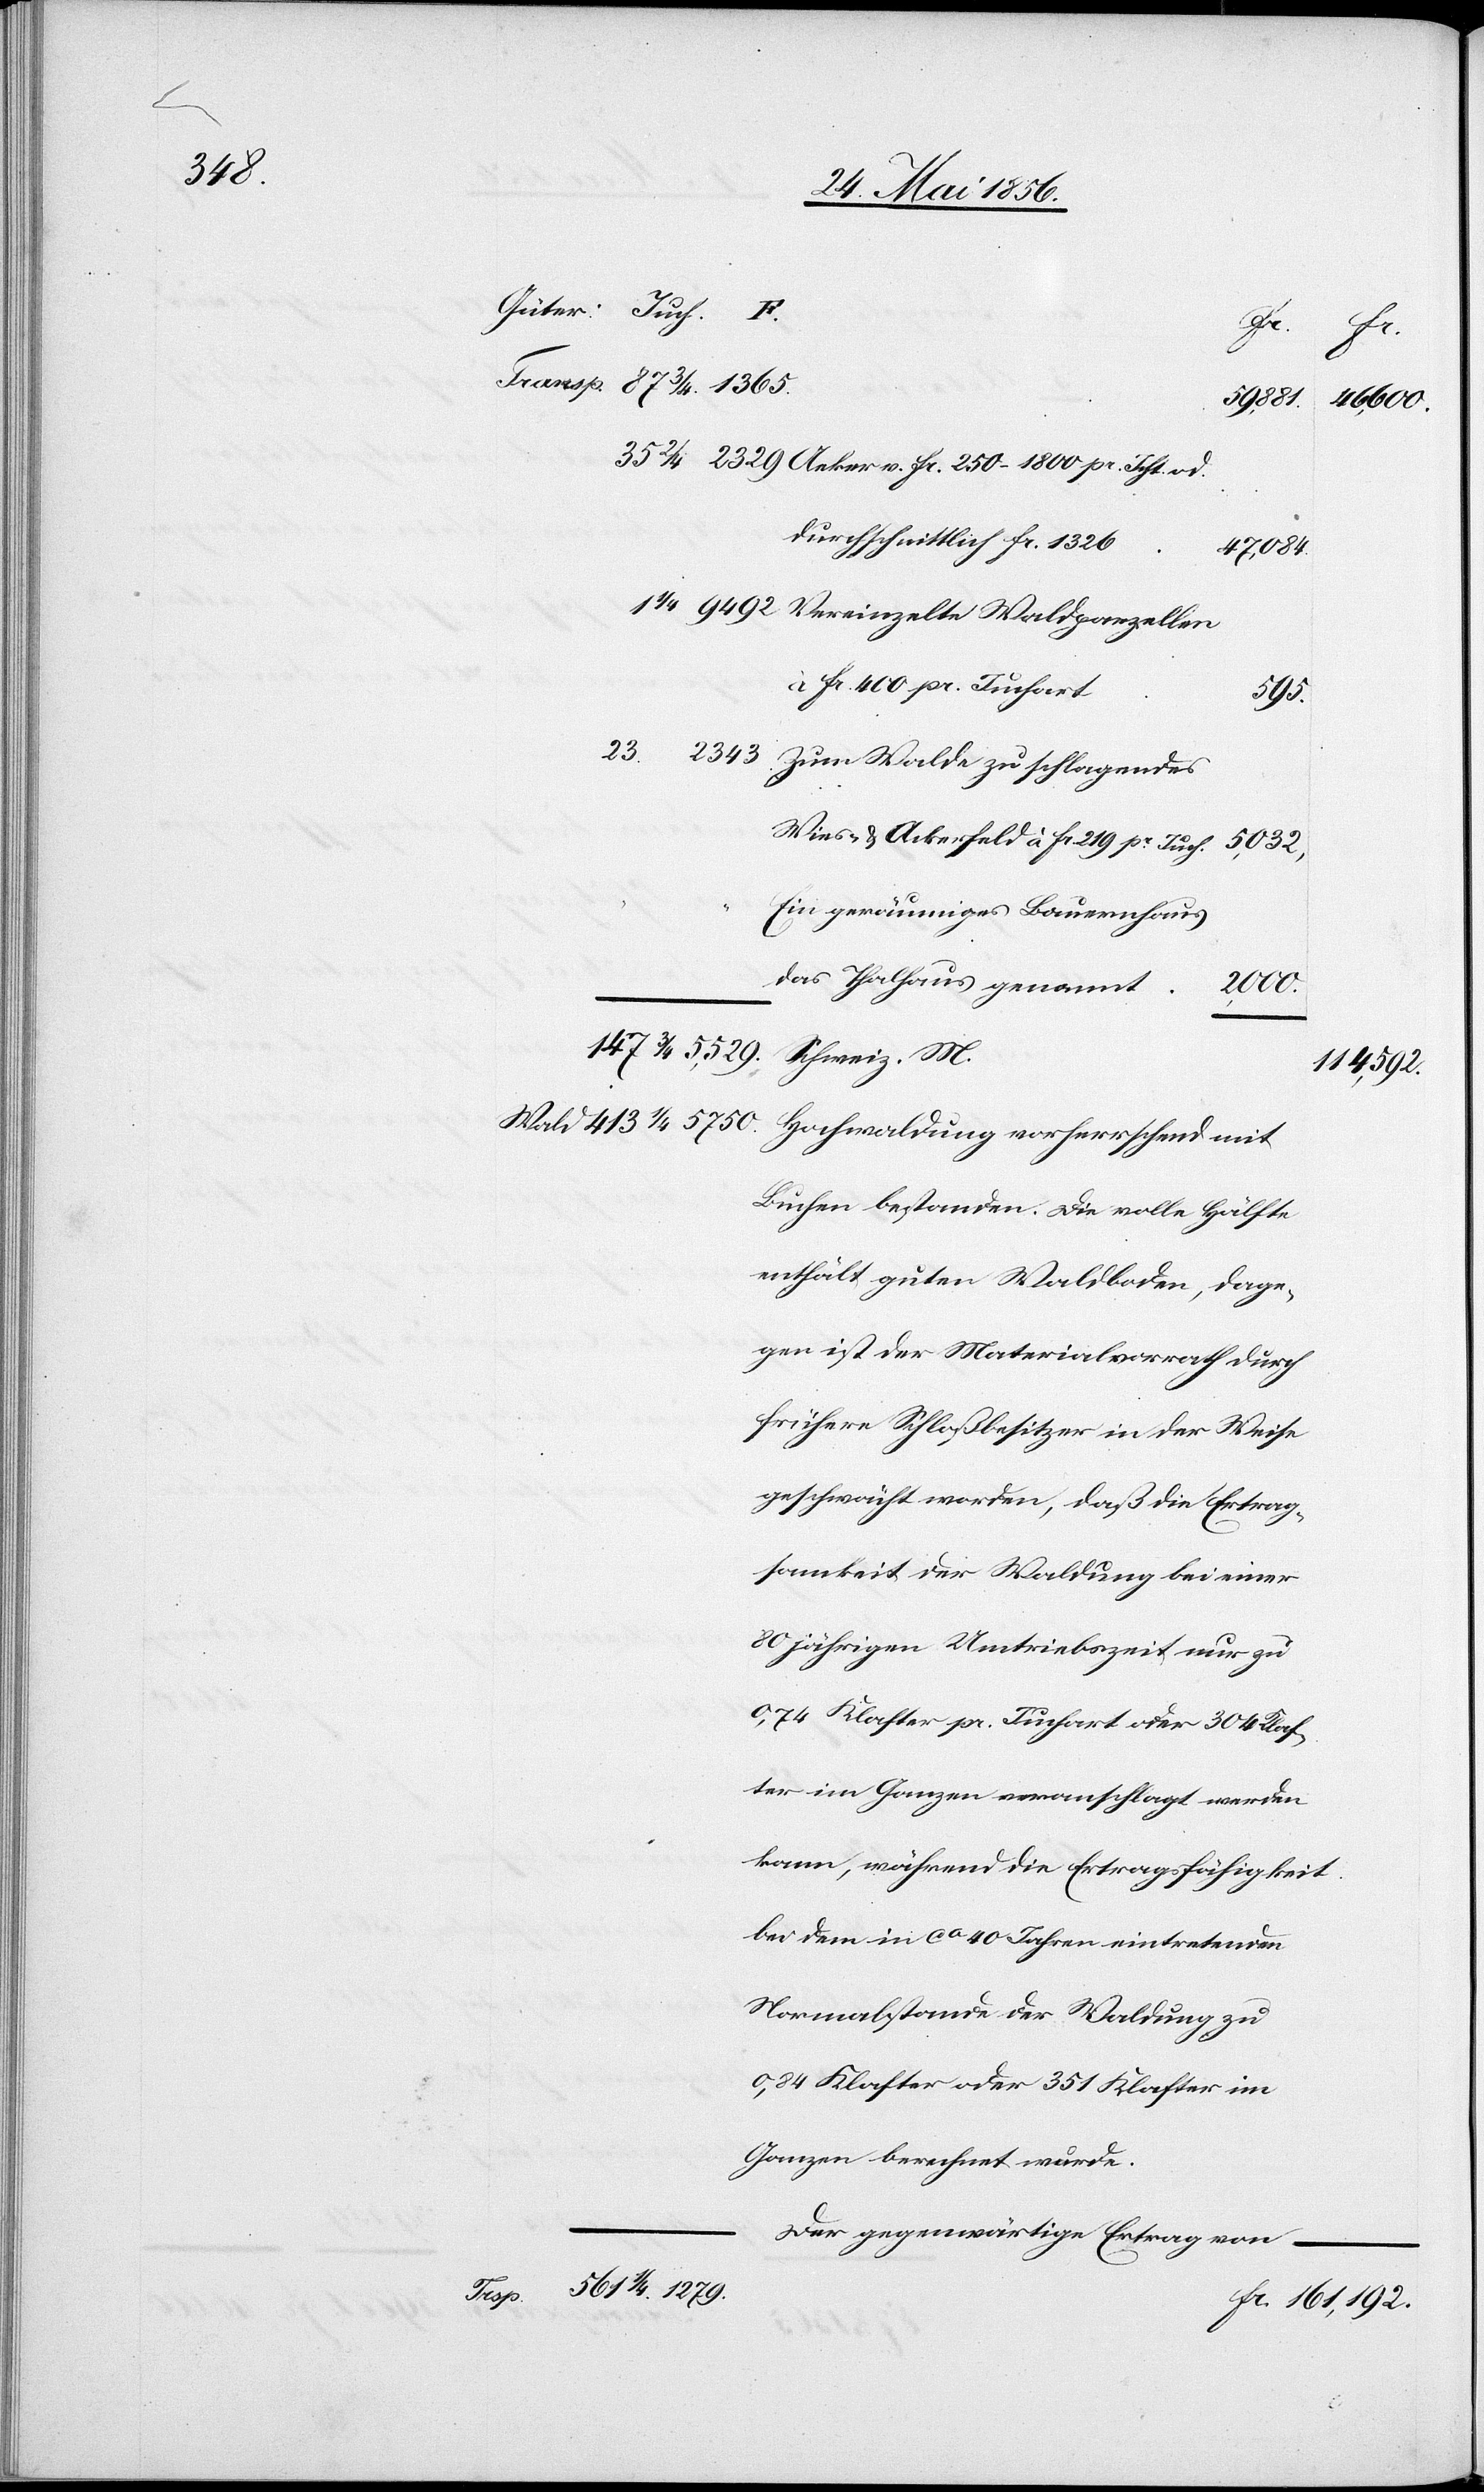
5750.

ht. od.
Wald
2,000.
durchschnittlich fr. 1326
413 ¼
Vereinzelte Waldparzellen
à fr. 400 pr. Juchart
2343
Zum Walde zu schlagendes
Wies- & Ackerfeld à fr. 219 pr Juch.
Ein geräumiges Bauernhaus
das Thalhaus genannt.
114,592.
Buchen bestanden. Die volle Hälfte
enthält guten Waldboden, dage¬
gen ist der Materialvorrath durch
frühere Schloßbesitzer in der Weise
geschwächt worden, daß die Ertrag¬
samkeit der Waldung bei einer
80 jährigen Umtriebszeit nur zu
0,74 Klafter pr. Juchart oder 304 Klaf¬
ter im Ganzen veranschlagt werden
kann, während die Ertragsfähigkeit
bei dem in ca 40 Jahren eintretenden
Normalstande der Waldung zu
0,84 Klafter oder 351 Klafter im
Ganzen berechnet wurde.
Der gegenwärtige Ertrag von